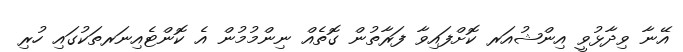
އޭނާ ވިދާޅުވީ އިންޝުއަރ ކޮށްފައިވާ ފަރާތުން ގޮތެއް ނިންމުމުން އެ ކޮންޓެއިނަރތަކުގައި ހުރި